Account of plague administration in the Bombay Presidency from September 1896 till May 1897
Year: 1896
Disease focus: Plague
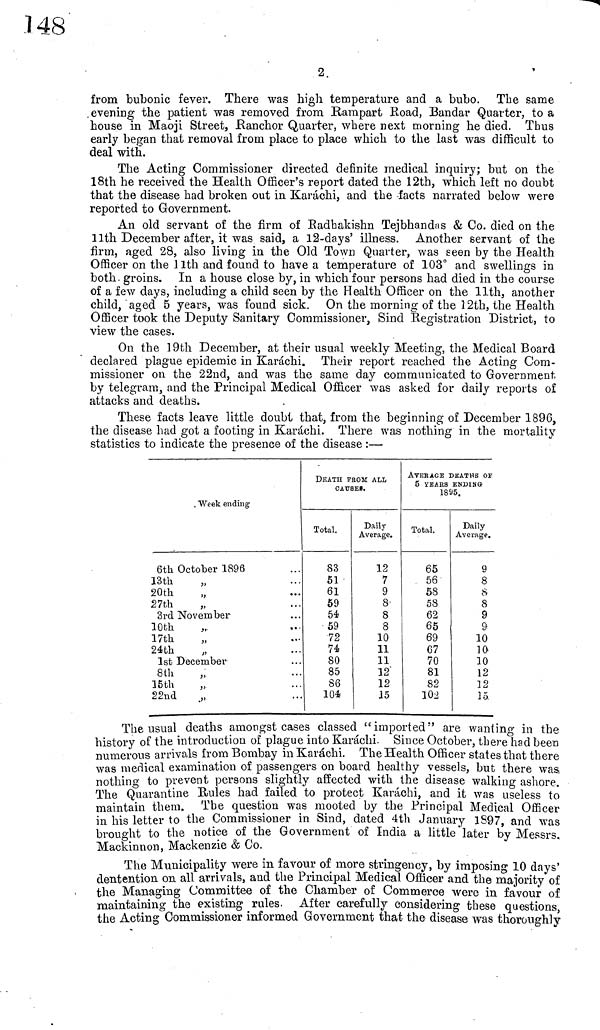
2
from bubonic fever. There was high temperature and a bubo. The same
evening the patient was removed from Rampart Road, Bandar Quarter, to a
house in Maoji Street, Ranchor Quarter, where next morning he died. Thus
early began that removal from place to place which to the last was difficult to
deal with.
The Acting Commissioner directed definite medical inquiry; but on the
18th he received the Health Officer's report dated the 12th, which left no doubt
that the disease had broken out in Karachi, and the facts narrated below were
reported to Government.
An old servant of the firm of Radhakishn Tejbhandas & Co. died on the
11th December after, it was said, a 12-days' illness. Another servant of the
firm, aged 28, also living in the Old Town Quarter, was seen by the Health
Officer on the 11th and found to have a temperature of 103° and swellings in
both groins. In a house close by, in which four persons had died in the course
of a few days, including a child seen by the Health Officer on the 11th, another
child, aged 5 years, was found sick. On the morning of the 12th, the Health
Officer took the Deputy Sanitary Commissioner, Sind Registration District, to
view the cases.
On the 19th December, at their usual weekly Meeting, the Medical Board
declared plague epidemic in Karachi. Their report reached the Acting Com-
missioner on the 22nd, and was the same day communicated to Government
by telegram, and the Principal Medical Officer was asked for daily reports of
attacks and deaths.
These facts leave little doubt that, from the beginning of December 1896,
the disease had got a footing in Karachi. There was nothing in the mortality
statistics to indicate the presence of the disease :—
Week ending
6th October 1896
13th
"
20th "
27th
"
3rd November
10th
"
17th "
24th "
1st December
8th "
15th "
22nd "
DEATH FROM ALL
Total.
83
51
61
59
54
59
72
74
80
85
86
104
Daily
Average.
12
7
9
8
8
8
10
11
11
12
12
15
AVERAGE DEATHS OF
5 YEAES ENDING
1895.
Total.
65
56
58
58
62
65
69
67
70
81
82
102
Daily
Average.
9
8
8
8
9
9
10
10
10
12
12
15
The usual deaths amongst cases classed "imported" are wanting in the
history of the introduction of plague into Karachi. Since October, there had been
numerous arrivals from Bombay in Karachi. The Health Officer states that there
was medical examination of passengers on board healthy vessels, but there was
nothing to prevent persons slightly affected with the disease walking ashore.
The Quarantine Hules had failed to protect Karachi, and it was useless to
maintain them. The question was mooted by the Principal Medical Officer
in his letter to the Commissioner in Sind, dated 4th January 1S97, and was
brought to the notice of the Government of India a little later by Messrs.
Mackinnon, Mackenzie & Co.
The Municipality were in favour of more stringency, by imposing 10 days'
dentention on all arrivals, and the Principal Medical Officer and the majority of
the Managing Committee of the Chamber of Commerce were in favour of
maintaining the existing rules. After carefully considering these questions,
the Acting Commissioner informed Government that the disease was thoroughly